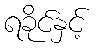
ရခိုင်နှင့်